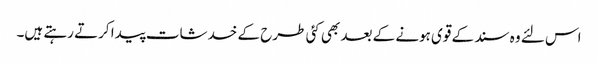
اس لئے وہ سند کے قوی ہونے کے بعد بھی کئی طرح کے خدشات پیدا کرتے رہتے ہیں۔